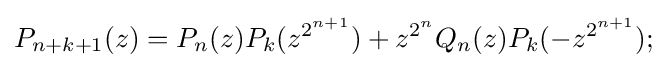
P_{n+k+1}(z)=P_{n}(z)P_{k}(z^{2^{n+1}})+z^{2^{n}}Q_{n}(z)P_{k}(-z^{2^{n+1}});